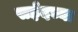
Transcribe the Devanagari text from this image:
सईदच्या